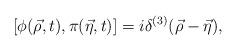
LaTeX: \begin{align*}[\phi({\vec\rho},t),\pi({\vec \eta},t)]=i\delta^{(3)}({\vec \rho}-{\vec \eta}),\end{align*}